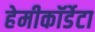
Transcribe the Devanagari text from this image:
हेमीकॉर्डेटा